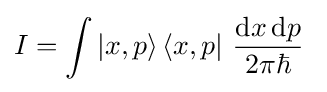
I=\int |x,p\rangle \,\langle x,p|~{\frac {\mathrm {d} x\,\mathrm {d} p}{2\pi \hbar }}~